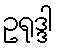
ဥရုဒ္ဒါ